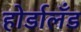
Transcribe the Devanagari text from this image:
होर्डालँड